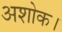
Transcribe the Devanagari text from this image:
अशोक।